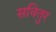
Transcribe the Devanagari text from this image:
सवितुर